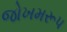
જોખમરૂપ